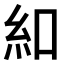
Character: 𫃜